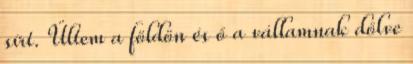
sírt. Ültem a földön és ő a vállamnak dőlve